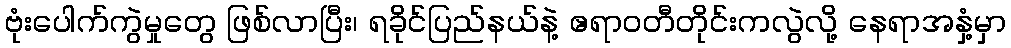
ဗုံးပေါက်ကွဲမှုတွေ ဖြစ်လာပြီး၊ ရခိုင်ပြည်နယ်နဲ့ ဧရာဝတီတိုင်းကလွဲလို့ နေရာအနှံ့မှာ